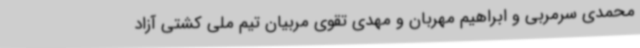
محمدی سرمربی و ابراهیم مهربان و مهدی تقوی مربیان تیم ملی کشتی آزاد